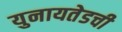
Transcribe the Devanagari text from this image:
युनायतेडची